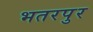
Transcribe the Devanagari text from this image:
भतरपुर